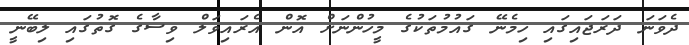
ދެވަނަ ދަރަޖައިގައި ހިމެނޭ ގައުމުތަކުގެ މީހުންނަށް އޮން އެރައިވަލް ވިސާގެ ގޮތުގައި ލިބޭނީ